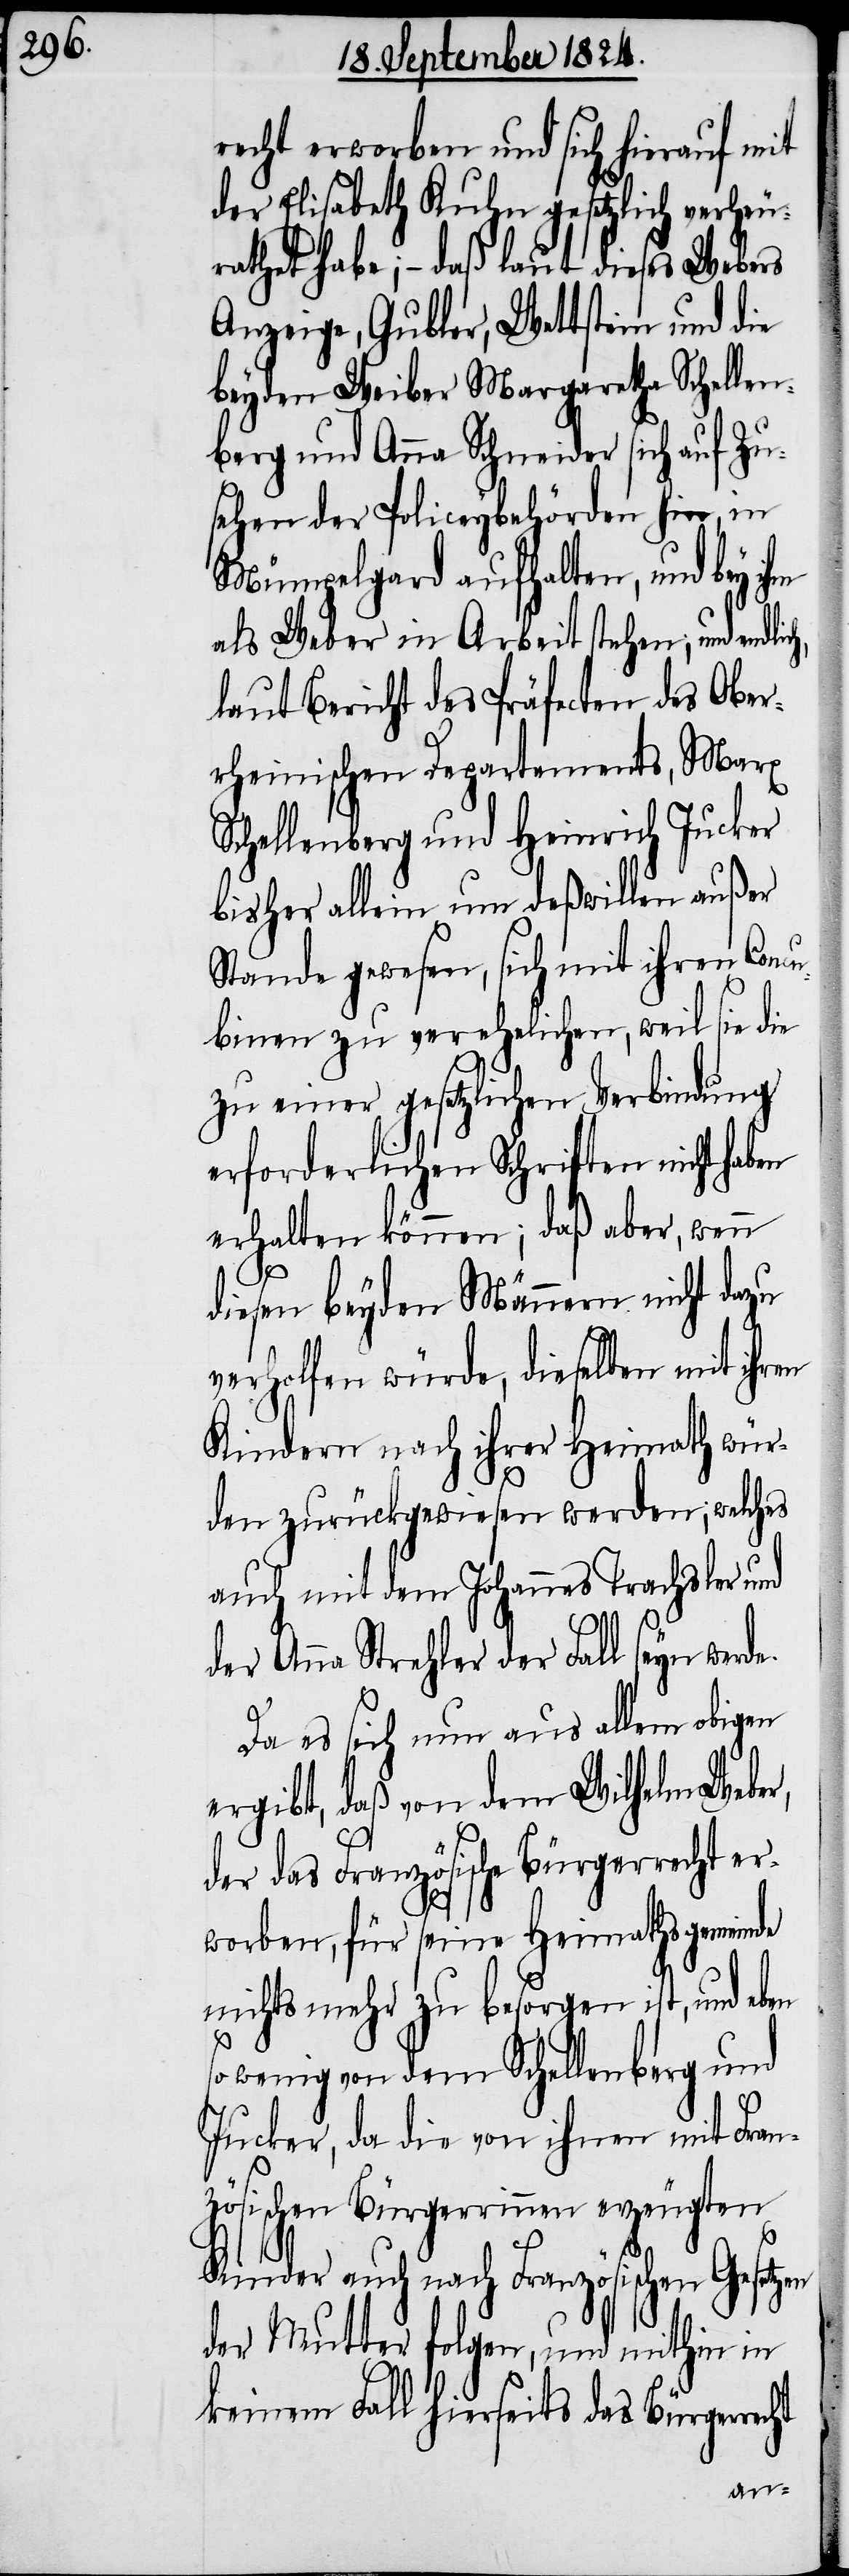
recht erworben und sich hierauf mit
der Elisabeth Kuhn gesetzlich verheu¬
rathet habe; – daß laut dieses Webers
Anzeige, Gubler, Wettstein und die
beyden Weiber Margaretha Schellen¬
berg und Anna Schneider sich auf Zu¬
sehen der Policeybehörden hin, in
Mümpelgard aufhalten, und bey i¬
als Weber in Arbeit stehen, und endli¬
laut Bericht des Präfecten des Ober¬
rheinischen Departements, Marx
Schellenberg und Heinrich Jucker
bisher allein um deßwillen außer
Stande gewesen, sich mit ihren Conc¬
ubinen zu verehelichen, weil sie die
zu einer gesetzlichen Verbindung
erforderlichen Schritten nicht haben
erhalten können; daß aber, wenn
diesen beyden Männern nicht dazu
verholfen würde, dieselben mit ihren
Kindern nach ihrer Heimath wür¬
den zurückgewiesen werden, welches
Trachsler und
auch mit dem Johannes
der Anna Strehler der Fall seyn werd¬
Da es sich nun aus allem obigen
ergibt, daß von dem Wilhelm Weber,
der das Französische Bürgerrecht er¬
e.
worben, für seine Heimathsgemeinde
nichts mehr zu besorgen ist, und eben
so wenig von dem Schellenberg und
Jucker, da die von ihnen mit Fran¬
zösischen Bürgerrinnen erzeugten
ht
Kinder auch nach Französischen Gesetzen
der Mutter folgen, und mithin in
keinem Fall hierseits das Bürgerrec¬